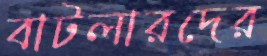
বাটলারদের